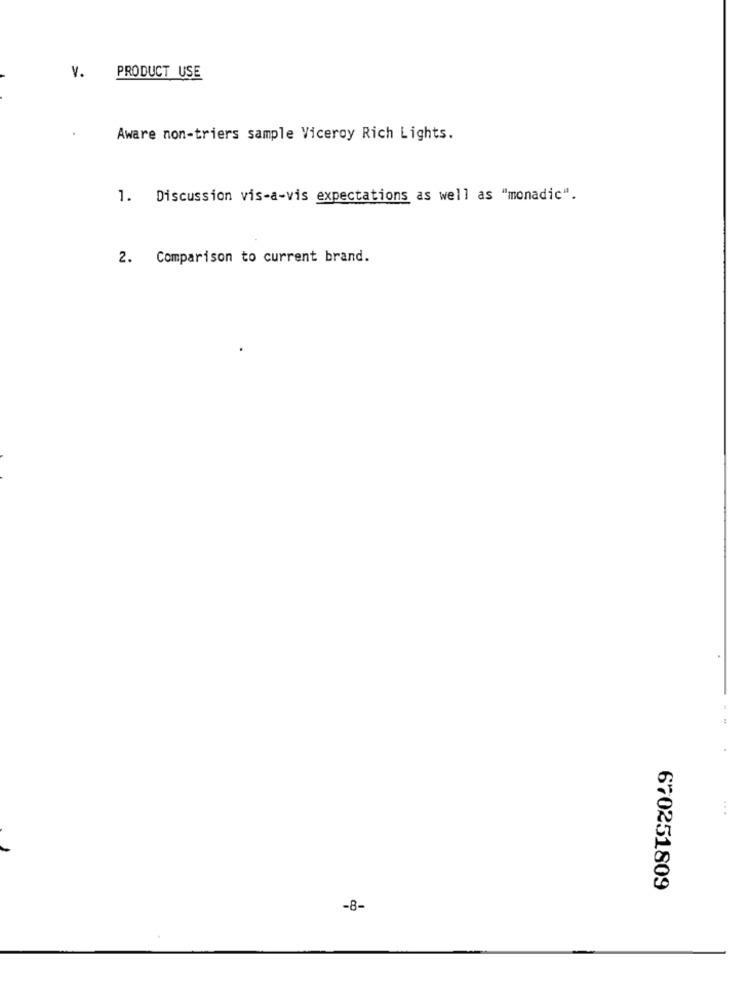
v.
PRODUCT USE
Aware non-triers sample Viceroy Rich Lights.
1. Discussion vis-a-vis expectations as well as "monadic".
2. Comparison to current brand.
...
670251809
-8-